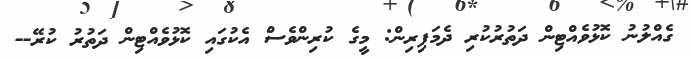
ގެއްލުނު ކޮޅުވެއްޓިން ދަތުރުކުރި ދެމަފިރިން: މީގެ ކުރިންވެސް އެކުގައި ކޮޅުވެއްޓިން ދަތުރު ކުރޭ--